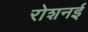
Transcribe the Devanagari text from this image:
रोशनई